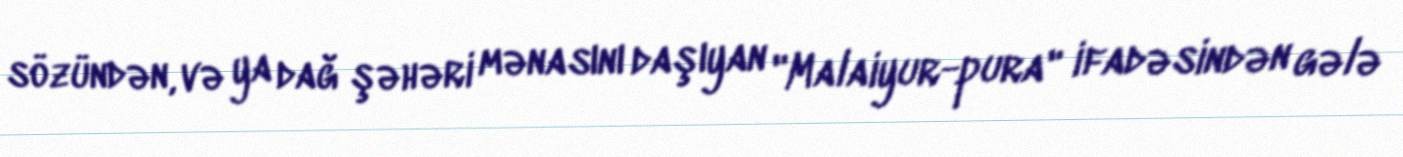
sözündən, və ya dağ şəhəri mənasını daşıyan "Malaiyur-pura" ifadəsindən gələ